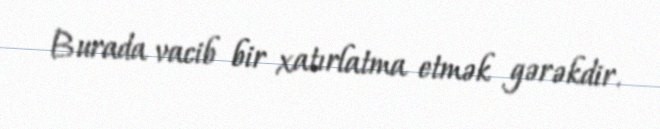
Burada vacib bir xatırlatma etmək gərəkdir.